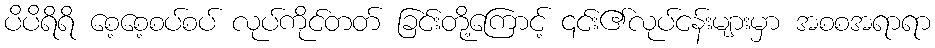
ပိပိရိရိ စေ့စေ့စပ်စပ် လုပ်ကိုင်တတ် ခြင်းတို့ကြောင့် ၎င်း၏လုပ်ငန်းများမှာ အစစအရာရာ